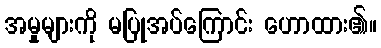
အမှုများကို မပြုအပ်ကြောင်း ဟောထား၏။